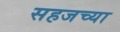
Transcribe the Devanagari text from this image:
सहजच्या